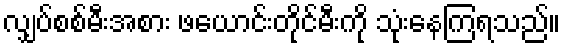
လျှပ်စစ်မီးအစား ဖယောင်းတိုင်မီးကို သုံးနေကြရသည်။